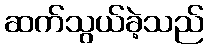
ဆက်သွယ်ခဲ့သည်